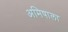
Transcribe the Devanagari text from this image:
अमिषाला